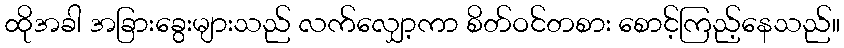
ထိုအခါ အခြားခွေးများသည် လက်လျှော့ကာ စိတ်ဝင်တစား စောင့်ကြည့်နေသည်။